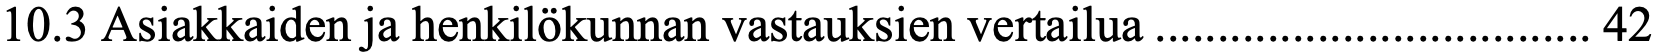
10.3 Asiakkaiden ja henkilökunnan vastauksien vertailua ................................... 42